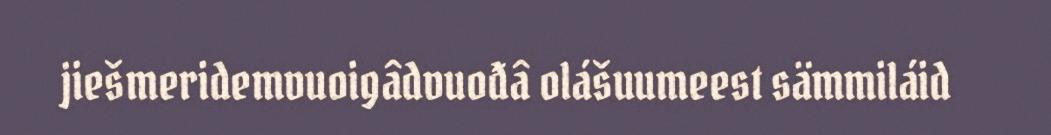
jiešmeridemvuoigâdvuođâ olášuumeest sämmiláid